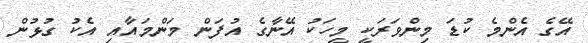
އޭގެ އެންމެ ކުޑަ މިންވަރަކީ މީހަކު އޭނާގެ އުފަން މަންމައާއި އެކު ގުޅުން